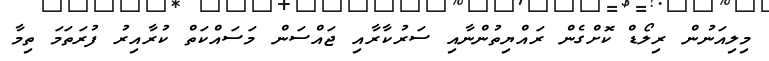
މިލިއަނުން ރިލޯޑް ކޮށްގެން ރައްޔިތުންނާއި ސަރުކާރާއި ޖައްސަން މަސައްކަތް ކުރާއިރު ފުރަތަމަ ތިމާ